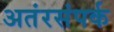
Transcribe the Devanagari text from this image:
अतंरसंपर्क